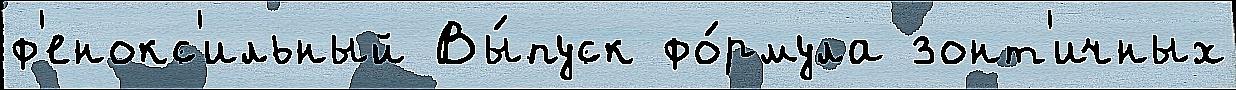
ф'енокс'ильный Вы́пуск фо́рмула зонт'ичных